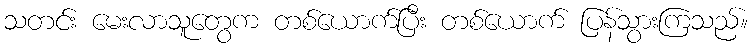
သတင်း မေးလာသူတွေက တစ်ယောက်ပြီး တစ်ယောက် ပြန်သွားကြသည်။